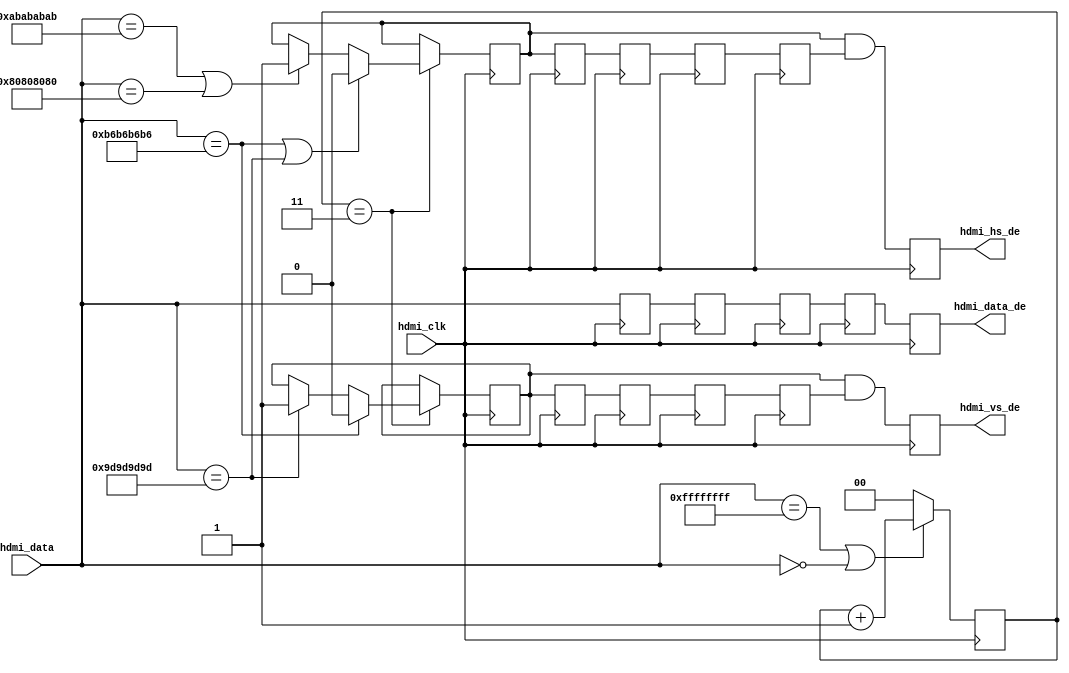
// ***************************************************************************
// ***************************************************************************
// Copyright 2011(c) Analog Devices, Inc.
//
// All rights reserved.
//
// Redistribution and use in source and binary forms, with or without modification,
// are permitted provided that the following conditions are met:
//     - Redistributions of source code must retain the above copyright
//       notice, this list of conditions and the following disclaimer.
//     - Redistributions in binary form must reproduce the above copyright
//       notice, this list of conditions and the following disclaimer in
//       the documentation and/or other materials provided with the
//       distribution.
//     - Neither the name of Analog Devices, Inc. nor the names of its
//       contributors may be used to endorse or promote products derived
//       from this software without specific prior written permission.
//     - The use of this software may or may not infringe the patent rights
//       of one or more patent holders.  This license does not release you
//       from the requirement that you obtain separate licenses from these
//       patent holders to use this software.
//     - Use of the software either in source or binary form, must be run
//       on or directly connected to an Analog Devices Inc. component.
//
// THIS SOFTWARE IS PROVIDED BY ANALOG DEVICES "AS IS" AND ANY EXPRESS OR IMPLIED WARRANTIES,
// INCLUDING, BUT NOT LIMITED TO, NON-INFRINGEMENT, MERCHANTABILITY AND FITNESS FOR A
// PARTICULAR PURPOSE ARE DISCLAIMED.
//
// IN NO EVENT SHALL ANALOG DEVICES BE LIABLE FOR ANY DIRECT, INDIRECT, INCIDENTAL, SPECIAL,
// EXEMPLARY, OR CONSEQUENTIAL DAMAGES (INCLUDING, BUT NOT LIMITED TO, INTELLECTUAL PROPERTY
// RIGHTS, PROCUREMENT OF SUBSTITUTE GOODS OR SERVICES; LOSS OF USE, DATA, OR PROFITS; OR
// BUSINESS INTERRUPTION) HOWEVER CAUSED AND ON ANY THEORY OF LIABILITY, WHETHER IN CONTRACT,
// STRICT LIABILITY, OR TORT (INCLUDING NEGLIGENCE OR OTHERWISE) ARISING IN ANY WAY OUT OF
// THE USE OF THIS SOFTWARE, EVEN IF ADVISED OF THE POSSIBILITY OF SUCH DAMAGE.
// ***************************************************************************
// ***************************************************************************
// Receive HDMI, hdmi embedded syncs data in, video dma data out.

module axi_hdmi_rx_es (

  // hdmi interface

  hdmi_clk,
  hdmi_data,
  hdmi_vs_de,
  hdmi_hs_de,
  hdmi_data_de);

  // parameters

  parameter   DATA_WIDTH = 32;
  localparam  BYTE_WIDTH = DATA_WIDTH/8;

  // hdmi interface

  input                       hdmi_clk;
  input   [(DATA_WIDTH-1):0]  hdmi_data;

  // dma interface

  output                      hdmi_vs_de;
  output                      hdmi_hs_de;
  output  [(DATA_WIDTH-1):0]  hdmi_data_de;

  // internal registers

  reg     [(DATA_WIDTH-1):0]  hdmi_data_d = 'd0;
  reg                         hdmi_hs_de_rcv_d = 'd0;
  reg                         hdmi_vs_de_rcv_d = 'd0;
  reg     [(DATA_WIDTH-1):0]  hdmi_data_2d = 'd0;
  reg                         hdmi_hs_de_rcv_2d = 'd0;
  reg                         hdmi_vs_de_rcv_2d = 'd0;
  reg     [(DATA_WIDTH-1):0]  hdmi_data_3d = 'd0;
  reg                         hdmi_hs_de_rcv_3d = 'd0;
  reg                         hdmi_vs_de_rcv_3d = 'd0;
  reg     [(DATA_WIDTH-1):0]  hdmi_data_4d = 'd0;
  reg                         hdmi_hs_de_rcv_4d = 'd0;
  reg                         hdmi_vs_de_rcv_4d = 'd0;
  reg     [(DATA_WIDTH-1):0]  hdmi_data_de = 'd0;
  reg                         hdmi_hs_de = 'd0;
  reg                         hdmi_vs_de = 'd0;
  reg     [ 1:0]              hdmi_preamble_cnt = 'd0;
  reg                         hdmi_hs_de_rcv = 'd0;
  reg                         hdmi_vs_de_rcv = 'd0;

  // internal signals

  wire    [(DATA_WIDTH-1):0]  hdmi_ff_s;
  wire    [(DATA_WIDTH-1):0]  hdmi_00_s;
  wire    [(DATA_WIDTH-1):0]  hdmi_b6_s;
  wire    [(DATA_WIDTH-1):0]  hdmi_9d_s;
  wire    [(DATA_WIDTH-1):0]  hdmi_ab_s;
  wire    [(DATA_WIDTH-1):0]  hdmi_80_s;

  // es constants

  assign hdmi_ff_s = {BYTE_WIDTH{8'hff}};
  assign hdmi_00_s = {BYTE_WIDTH{8'h00}};
  assign hdmi_b6_s = {BYTE_WIDTH{8'hb6}};
  assign hdmi_9d_s = {BYTE_WIDTH{8'h9d}};
  assign hdmi_ab_s = {BYTE_WIDTH{8'hab}};
  assign hdmi_80_s = {BYTE_WIDTH{8'h80}};

  // delay to get rid of eav's 4 bytes

  always @(posedge hdmi_clk) begin
    hdmi_data_d <= hdmi_data;
    hdmi_hs_de_rcv_d <= hdmi_hs_de_rcv;
    hdmi_vs_de_rcv_d <= hdmi_vs_de_rcv;
    hdmi_data_2d <= hdmi_data_d;
    hdmi_hs_de_rcv_2d <= hdmi_hs_de_rcv_d;
    hdmi_vs_de_rcv_2d <= hdmi_vs_de_rcv_d;
    hdmi_data_3d <= hdmi_data_2d;
    hdmi_hs_de_rcv_3d <= hdmi_hs_de_rcv_2d;
    hdmi_vs_de_rcv_3d <= hdmi_vs_de_rcv_2d;
    hdmi_data_4d <= hdmi_data_3d;
    hdmi_hs_de_rcv_4d <= hdmi_hs_de_rcv_3d;
    hdmi_vs_de_rcv_4d <= hdmi_vs_de_rcv_3d;
    hdmi_data_de  <= hdmi_data_4d;
    hdmi_hs_de <= hdmi_hs_de_rcv & hdmi_hs_de_rcv_4d;
    hdmi_vs_de <= hdmi_vs_de_rcv & hdmi_vs_de_rcv_4d;
  end

  // check for sav and eav and generate the corresponding enables

  always @(posedge hdmi_clk) begin
    if ((hdmi_data == hdmi_ff_s) || (hdmi_data == hdmi_00_s)) begin
      hdmi_preamble_cnt <= hdmi_preamble_cnt + 1'b1;
    end else begin
      hdmi_preamble_cnt <= 'd0;
    end
    if (hdmi_preamble_cnt == 3'b11) begin
      if ((hdmi_data == hdmi_b6_s) || (hdmi_data == hdmi_9d_s)) begin
        hdmi_hs_de_rcv <= 1'b0;
      end else if ((hdmi_data == hdmi_ab_s) || (hdmi_data == hdmi_80_s)) begin
        hdmi_hs_de_rcv <= 1'b1;
      end
      if (hdmi_data == hdmi_b6_s) begin
        hdmi_vs_de_rcv <= 1'b0;
      end else if (hdmi_data == hdmi_9d_s) begin
        hdmi_vs_de_rcv <= 1'b1;
      end
    end
  end

endmodule

// ***************************************************************************
// ***************************************************************************